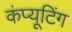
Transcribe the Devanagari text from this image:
कंप्‍यूटिंग